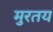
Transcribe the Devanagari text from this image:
मुरतय